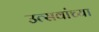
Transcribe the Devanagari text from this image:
उत्सवांच्या